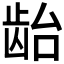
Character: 𱌯